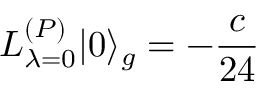
L _ { \lambda = 0 } ^ { ( P ) } | 0 \rangle _ { g } = - \frac { c } { 2 4 }